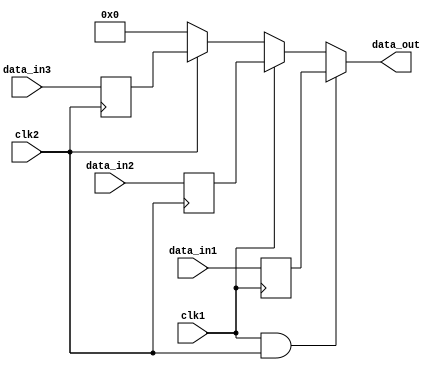
module Timing_Control_and_Synchronization(
    input wire clk1,
    input wire clk2,
    input wire [7:0] data_in1,
    input wire [7:0] data_in2,
    input wire [7:0] data_in3,
    output reg [7:0] data_out
);

reg [7:0] synced_data_in1, synced_data_in2, synced_data_in3;

always @(posedge clk1) begin
    synced_data_in1 <= data_in1;
end

always @(posedge clk2) begin
    synced_data_in2 <= data_in2;
    synced_data_in3 <= data_in3;
end

always @* begin
    if (clk1 && clk2) begin
        data_out <= synced_data_in1;
    end else if (clk1) begin
        data_out <= synced_data_in2;
    end else if (clk2) begin
        data_out <= synced_data_in3;
    end else begin
        data_out <= 8'h00; // default value
    end
end

endmodule